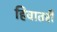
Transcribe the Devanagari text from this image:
हिवातरी